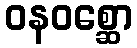
ဝနဝစ္ဆော